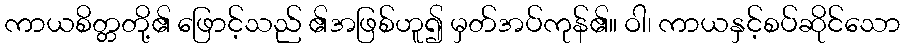
ကာယစိတ္တတို့၏ ဖြောင့်သည် ၏အဖြစ်ဟူ၍ မှတ်အပ်ကုန်၏။ ဝါ၊ ကာယနှင့်စပ်ဆိုင်သော